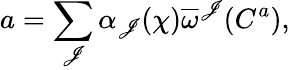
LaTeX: a=\sum_{\mathscr{J}}\alpha_{\mathscr{J}}(\chi)\overline{{{{\omega}}}}^{\mathscr{J}}(C^{a}),